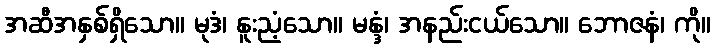
အဆီအနှစ်ရှိသော။ မုဒံ၊ နူးညံ့သော။ မန္ဒံ၊ အနည်းငယ်သော။ ဘောဇနံ၊ ကို။